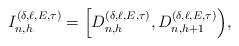
LaTeX: \begin{align*}I^{(\delta,\ell,E,\tau)}_{n,h}=\Big[D^{(\delta,\ell,E,\tau)}_{n,h},D^{(\delta,\ell,E,\tau)}_{n,h+1}\Big),\end{align*}